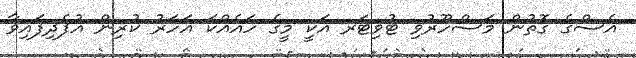
އެސްގެ ގޮތުން މަސްހޫރުވި ޓުވިޓަރ އަކީ މީގެ ހައެއްކަ އަހަރު ކުރިން އުފެދިފައިވާ